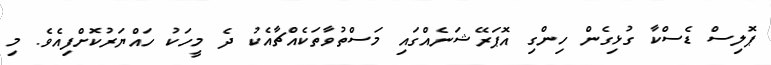
ޕޮލިސް ޑެސްކާ ގުޅިގެން ހިންގި އޮޕަރޭޝަނެއްގައި މަސްތުވާތަކެއްޗާއެކު ދެ މީހަކު ހައްޔަރުކޮށްފިއެވެ. މި